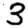
Digit: 3